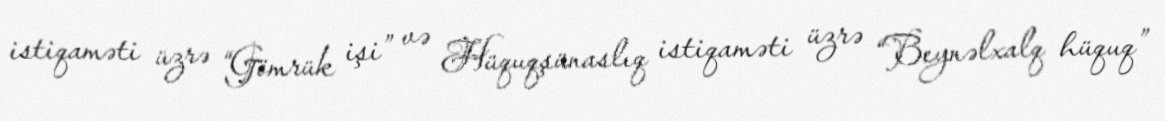
istiqaməti üzrə “Gömrük işi” və Hüquqşünaslıq istiqaməti üzrə “Beynəlxalq hüquq”